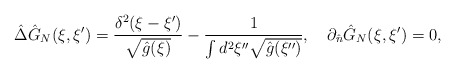
\begin{align*}\hat{\Delta}{\hat{G}_N}(\xi,\xi')={{{\delta^2}(\xi-\xi')}\over{\sqrt{\hat{g}(\xi)}}}-{1\over{\int{d^2}\xi''\sqrt{\hat{g}(\xi'')}}},\quad{\partial_{\hat{n}}}{\hat{G}_N}(\xi,\xi')=0,\end{align*}